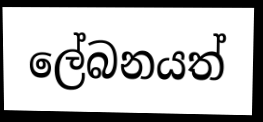
ලේබනයත්